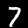
Digit: 7